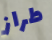
طراز